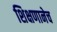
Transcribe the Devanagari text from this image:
शिक्षणानेच